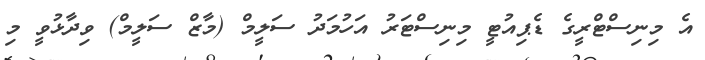
އެ މިނިސްޓްރީގެ ޑެޕިއުޓީ މިނިސްޓަރު އަހުމަދު ސަލީމް (މާޒް ސަލީމް) ވިދާޅުވީ މި